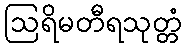
ဩရိမတီရသုတ္တံ